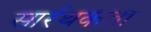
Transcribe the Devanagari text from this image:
सार्रथकता